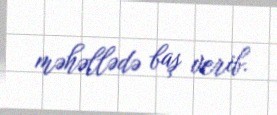
məhəllədə baş verib.